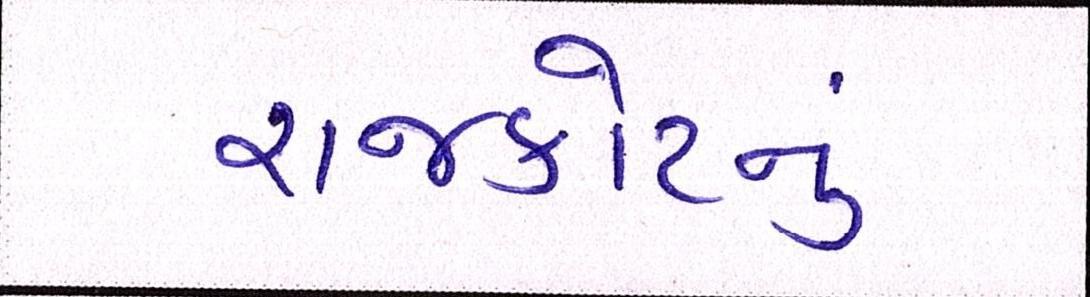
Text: રાજકોટનું